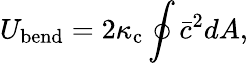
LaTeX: U_{{\mathrm{bend}}}=2\kappa_{\mathrm{c}}\oint\bar{c}^{2}dA,